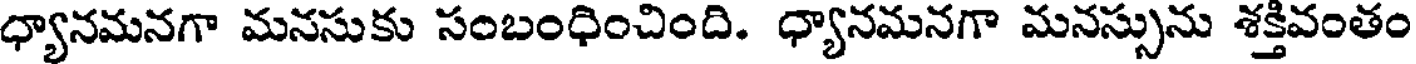
ధ్యానమనగా మనసుకు సంబంధించింది. ధ్యానమనగా మనస్సును శక్తివంతం